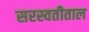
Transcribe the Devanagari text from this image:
सरस्वतीताल